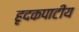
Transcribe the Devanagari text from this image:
हृदकपाटीय